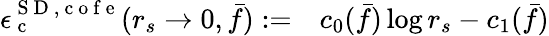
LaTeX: \begin{array}{rl}{\epsilon_{\mathrm{~c~}}^{{\mathrm{~S~D~}},\mathrm{~c~o~f~e~}}(r_{s}\to 0,\bar{f}):=}&{{}c_{0}(\bar{f})\log r_{s}-c_{1}(\bar{f})}\end{array}